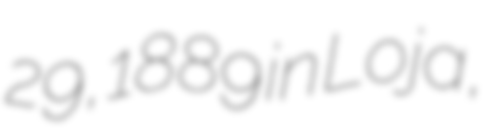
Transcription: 29, 1889 in Loja,